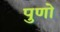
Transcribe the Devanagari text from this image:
पुणो